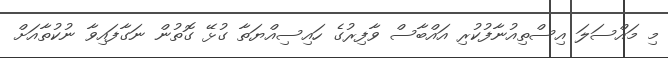
މި މައްސަލަ އިސްތިއުނާފުކުރި އައްބާސް ވާފިރުގެ ހައިސިއްޔަތާ ގުޅޭ ގޮތުން ނަގާފައިވާ ނުކުތާއަށް